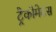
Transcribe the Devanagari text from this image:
ट्रैकोमेटस